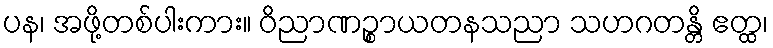
ပန၊ အဖို့တစ်ပါးကား။ ဝိညာဏဉ္စာယတနသညာ သဟဂတန္တိ ဧတ္ထ၊